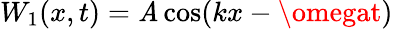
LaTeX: W_{1}(x,t)=\mathit{A}\cos(kx-\omegat)